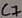
Text: C7